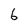
Character: 6